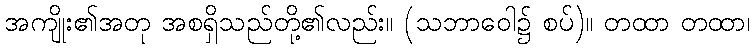
အကျိုး၏အတု အစရှိသည်တို့၏လည်း။ (သဘာဝေါ၌ စပ်)။ တထာ တထာ၊